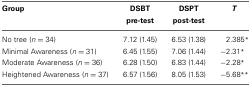
<table><thead><tr><td><b>Group</b></td><td><b>DSBT pre-test</b></td><td><b>DSPT post-test</b></td><td><b><i>T</i></b></td></tr></thead><tbody><tr><td>No tree (<i>n</i> = 34)</td><td>7.12 (1.45)</td><td>6.53 (1.38)</td><td>2.385<sup>*</sup></td></tr><tr><td>Minimal Awareness (<i>n</i> = 31)</td><td>6.45 (1.55)</td><td>7.06 (1.44)</td><td>−2.31<sup>*</sup></td></tr><tr><td>Moderate Awareness (<i>n</i> = 36)</td><td>6.28 (1.50)</td><td>6.83 (1.44)</td><td>−2.28<sup>*</sup></td></tr><tr><td>Heightened Awareness (<i>n</i> = 37)</td><td>6.57 (1.56)</td><td>8.05 (1.53)</td><td>−5.68<sup>**</sup></td></tr></tbody></table>